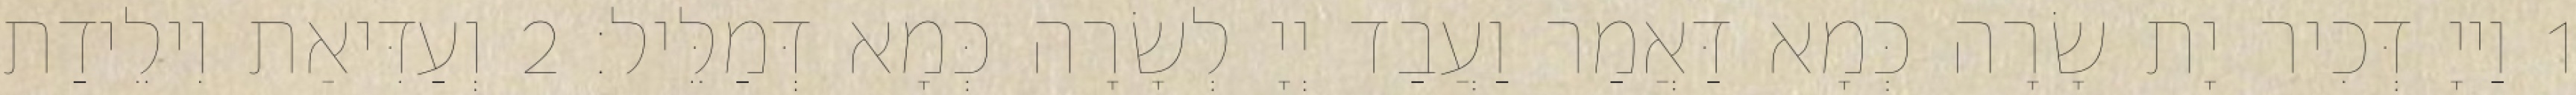
1 וַייָ דְּכִיר יָת שָׂרָה כְּמָא דַּאֲמַר וַעֲבַד יְיָ לְשָׂרָה כְּמָא דְּמַלֵּיל׃ 2 וְעַדִּיאַת וִילֵידַת